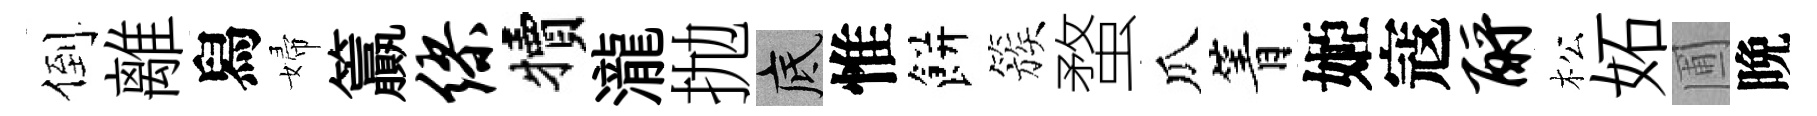
倒離舄婦籯缪犢瀧抛底惟餅簇蝥瓜箐姬寇酹松妬圃晩